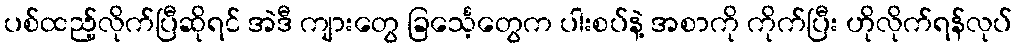
ပစ်ထည့်လိုက်ပြီဆိုရင် အဲဒီ ကျားတွေ ခြင်္သေ့တွေက ပါးစပ်နဲ့ အစာကို ကိုက်ပြီး ဟိုလိုက်ရန်လုပ်